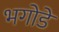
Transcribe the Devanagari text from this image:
भगोडे